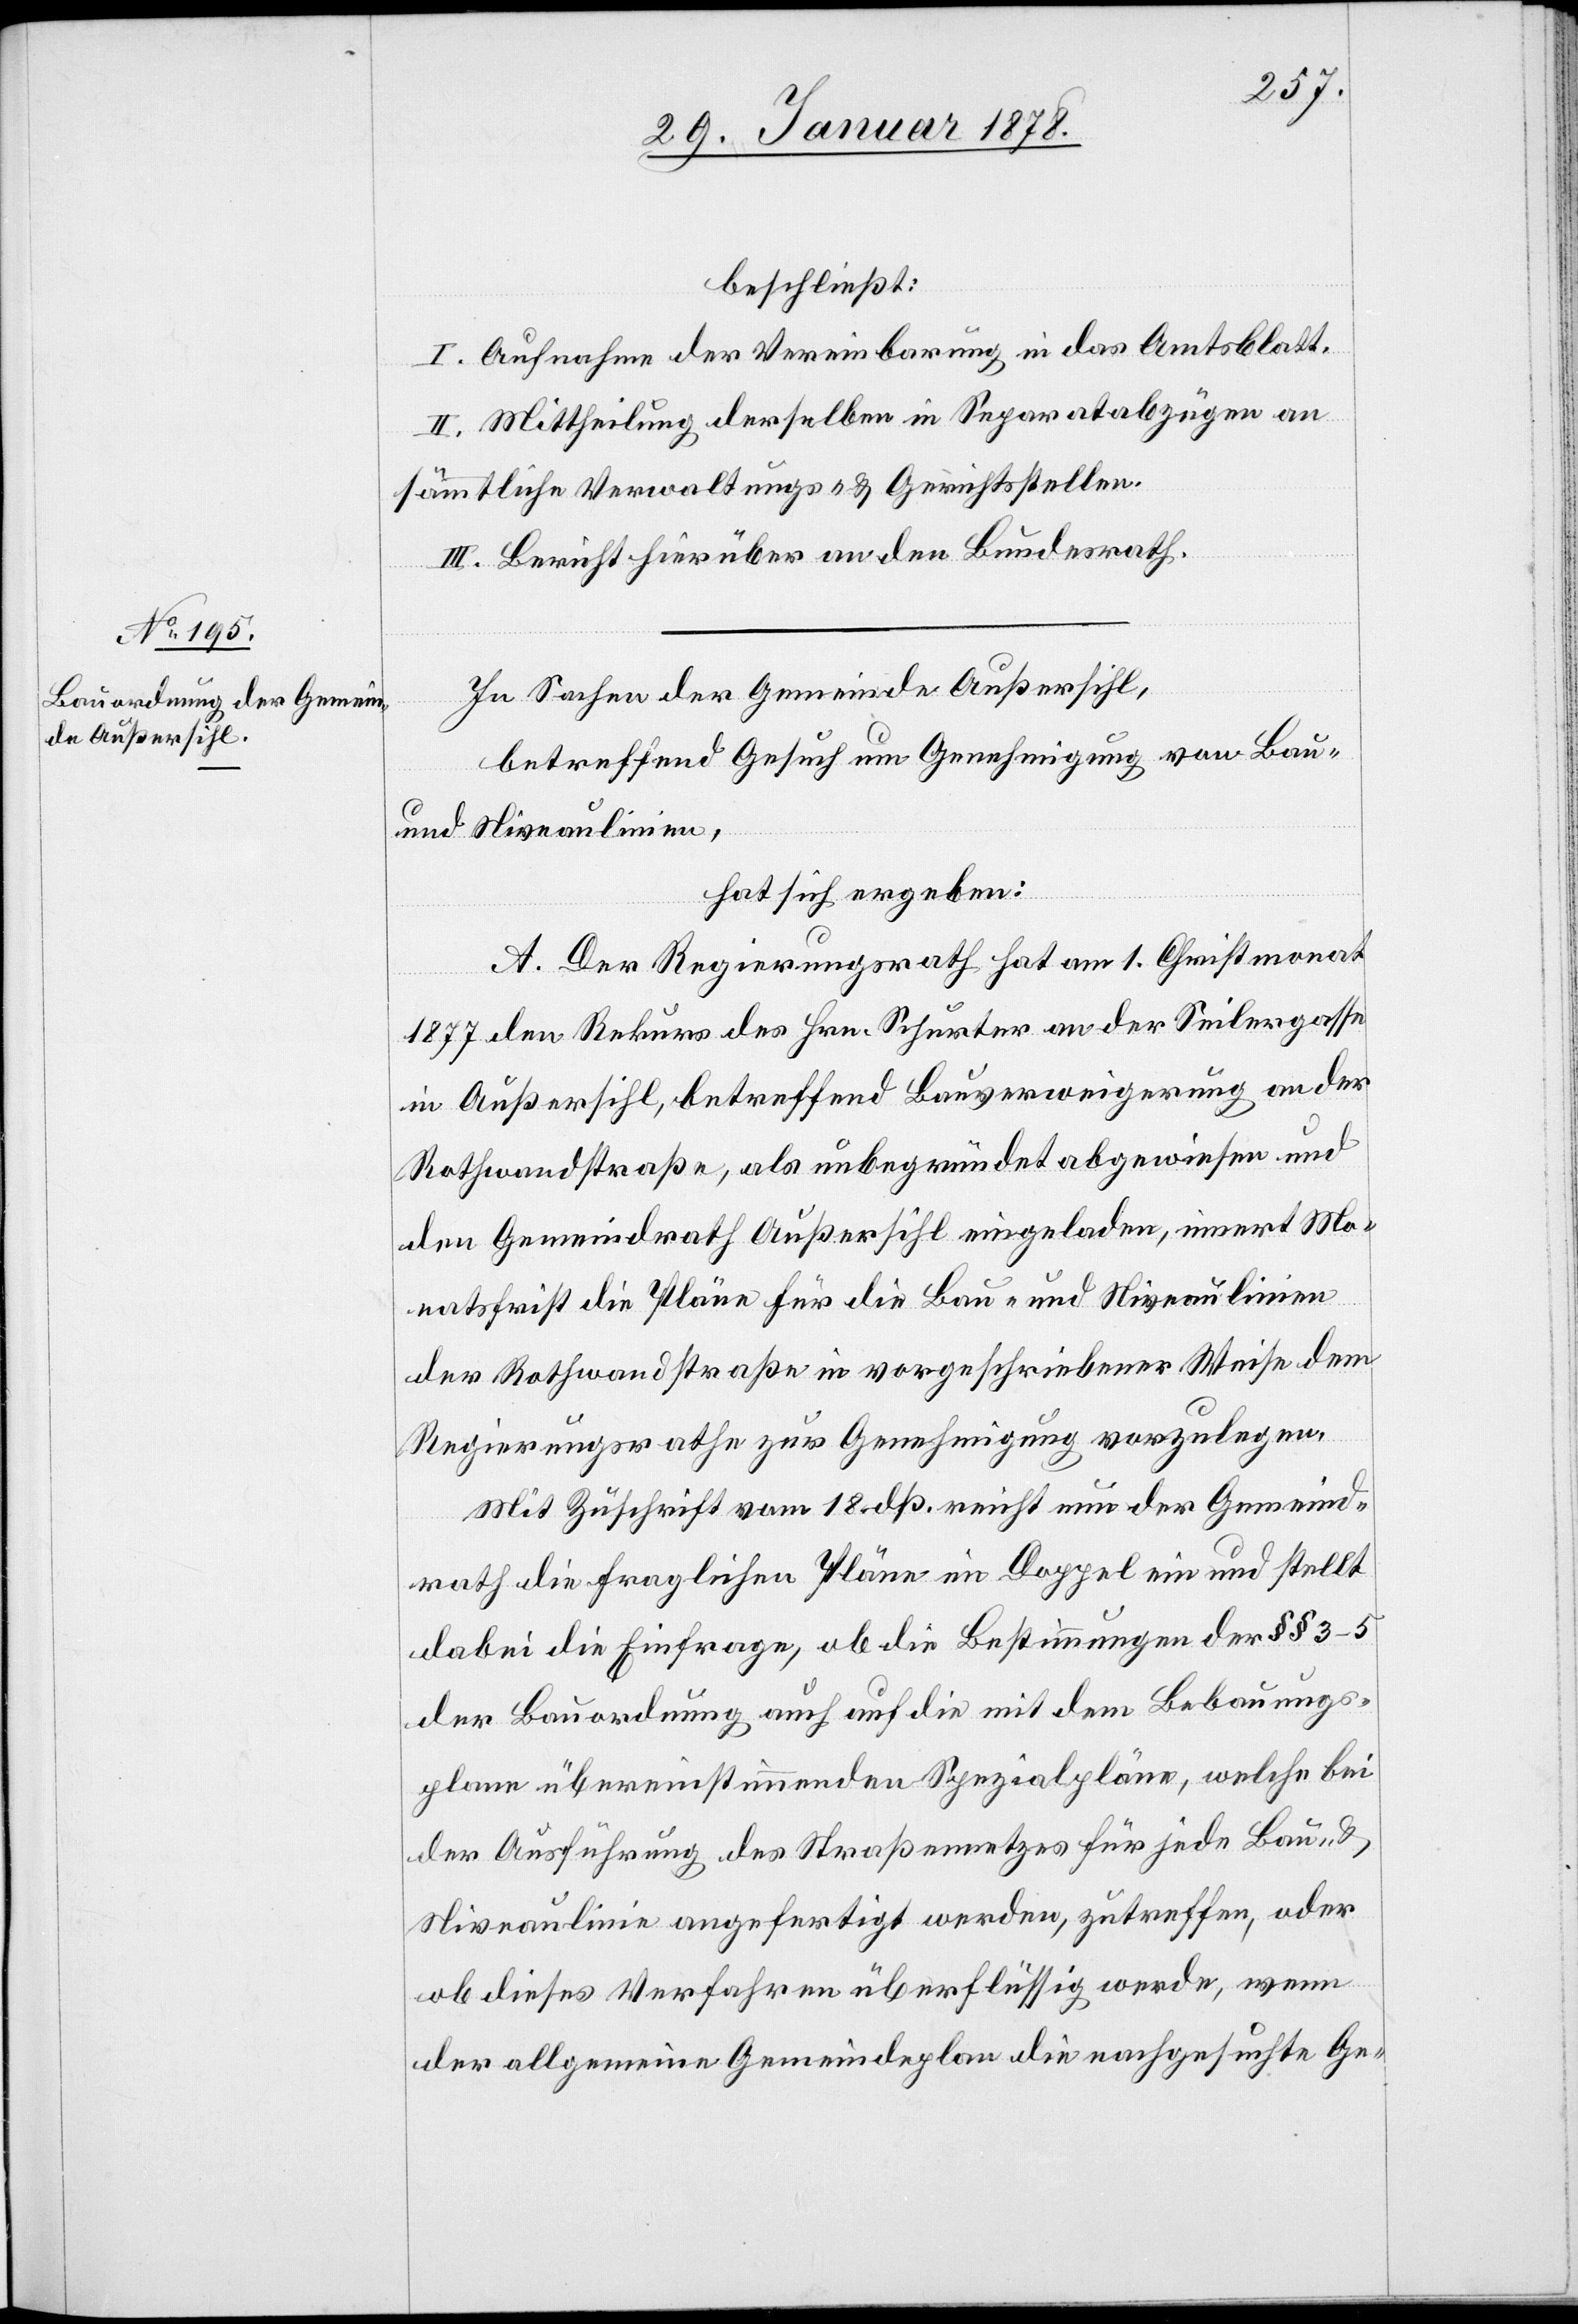
beschließt:
I. Aufnahme der Vereinbarung in das Amtsblatt.
II. Mittheilung derselben in Separatabzügen an
sämmtliche Verwaltungs- & Gerichtsstellen.
III. Bericht hierüber an den Bundesrath.
In Sachen der Gemeinde Außersihl,
betreffend Gesuch um Genehmigung von Bau-
und Niveaulinien,
hat sich ergeben:
A. Der Regierungsrath hat am 1. Christmonat
1877 den Rekurs des Hrn. Schuster an der Seilergasse
in Außersihl, betreffend Bauverweigerung an der
Rothwandstraße, als unbegründet abgewiesen und
den Gemeindrath Außersihl eingeladen, innert Mo¬
natsfrist die Pläne für die Bau- und Niveaulinien
der Rothwandstraße in vorgeschriebener Weise dem
Regierungsrathe zur Genehmigung vorzulegen.
Mit Zuschrift vom 18. dieß. reicht nun der Gemeind¬
rath die fraglichen Pläne im Doppel ein und stellt
dabei die Einfrage, ob die Bestimmungen der §§ 3–5
der Bauordnung auch auf die mit dem Bebauungs¬
plane übereinstimmenden Spezialpläne, welche bei
der Ausführung des Straßennetzes für jede Bau- &
Niveaulinie angefertigt werden, zutreffen, oder
ob dieses Verfahren überflüssig werde, wenn
der allgemeine Gemeindeplan die nachgesuchte Ge-